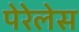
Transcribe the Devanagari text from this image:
पेरेलेस